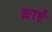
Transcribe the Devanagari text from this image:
लारे